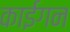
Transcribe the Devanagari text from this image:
काईगन